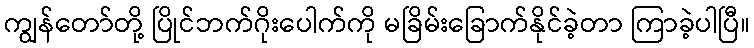
ကျွန်တော်တို့ ပြိုင်ဘက်ဂိုးပေါက်ကို မခြိမ်းခြောက်နိုင်ခဲ့တာ ကြာခဲ့ပါပြီ။